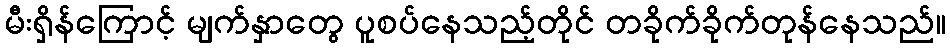
မီးရှိန်ကြောင့် မျက်နှာတွေ ပူစပ်နေသည့်တိုင် တခိုက်ခိုက်တုန်နေသည်။